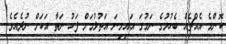
ކޮންމެ އެއްޗެއް ބެހުމުގެ ނަމުގަ އައިމިނަ އަތުލުމަށް ފަހު ނަތާ އަކަށް ނުދެއެވެ.